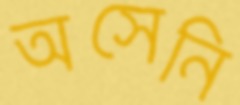
অসেনি